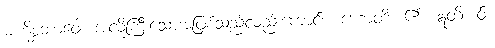
မဟိစ္ဆဘာဝေါ၊ အလိုကြီးသောအဖြစ်သည်လည်းကောင်း။ ဟောတိ၊ ၏။ ဣတိ၊ ဝ်။